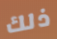
ذلك